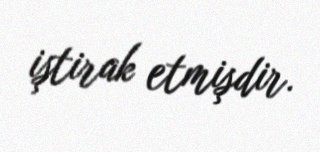
iştirak etmişdir.